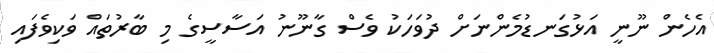
އެހެން ނޫނީ އަޅުގަނޑުމެންނަށް ދުވަހަކު ވެސް ގާނޫނު އަސާސީގެ މި ބާރުތައް ވަކިވެފައި